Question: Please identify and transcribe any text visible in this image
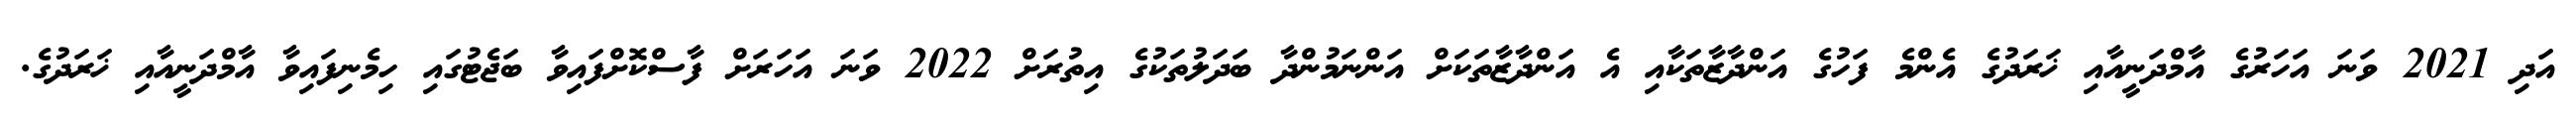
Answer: އަދި 2021 ވަނަ އަހަރުގެ އާމްދަނީއާއި ޚަރަދުގެ އެންމެ ފަހުގެ އަންދާޒާތަކާއި އެ އަންދާޒާތަކަށް އަންނަމުންދާ ބަދަލުތަކުގެ އިތުރަށް 2022 ވަނަ އަހަރަށް ފާސްކޮށްފައިވާ ބަޖެޓުގައި ހިމެނިފައިވާ އާމްދަނީއާއި ޚަރަދުގެ.